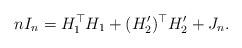
LaTeX: \begin{align*}nI_n=H_1^\top H_1+(H_2')^\top H_2'+J_n. \end{align*}